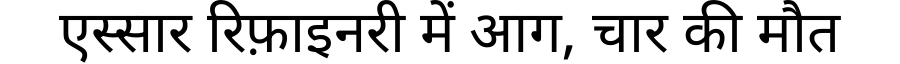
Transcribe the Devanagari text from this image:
एस्सार रिफ़ाइनरी में आग, चार की मौत